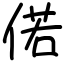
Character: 偌